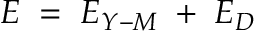
E \; = \; E _ { Y - M } \; + \; E _ { D } \;